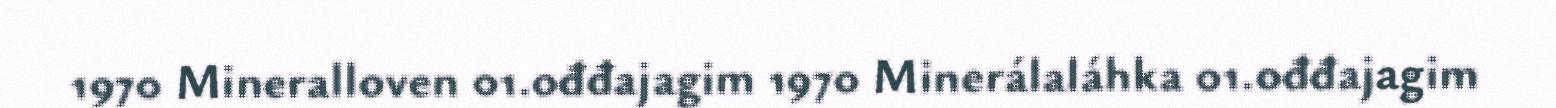
1970 Mineralloven 01.ođđajagim 1970 Minerálaláhka 01.ođđajagim